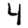
Digit: 4